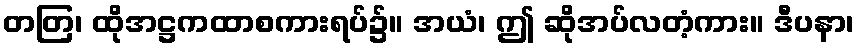
တတြ၊ ထိုအဋ္ဌကထာစကားရပ်၌။ အယံ၊ ဤ ဆိုအပ်လတံ့ကား။ ဒီပနာ၊